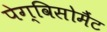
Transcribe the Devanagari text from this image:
पेग्विसोमैंट